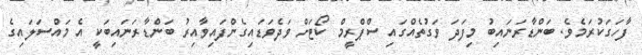
ފާހަގަކުރަމެވެ. ބަންޑާރަނައިބު މިފަދަ ވަގުތެއްގައި ސްޕްރީމް ކޯޓަށް ވަދެވަޑައިގެންފައިވާއިރު ބަންޑާރަނައިބަކީ އެ މައްސަލައިގެ